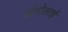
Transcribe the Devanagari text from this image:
अंगोलाई